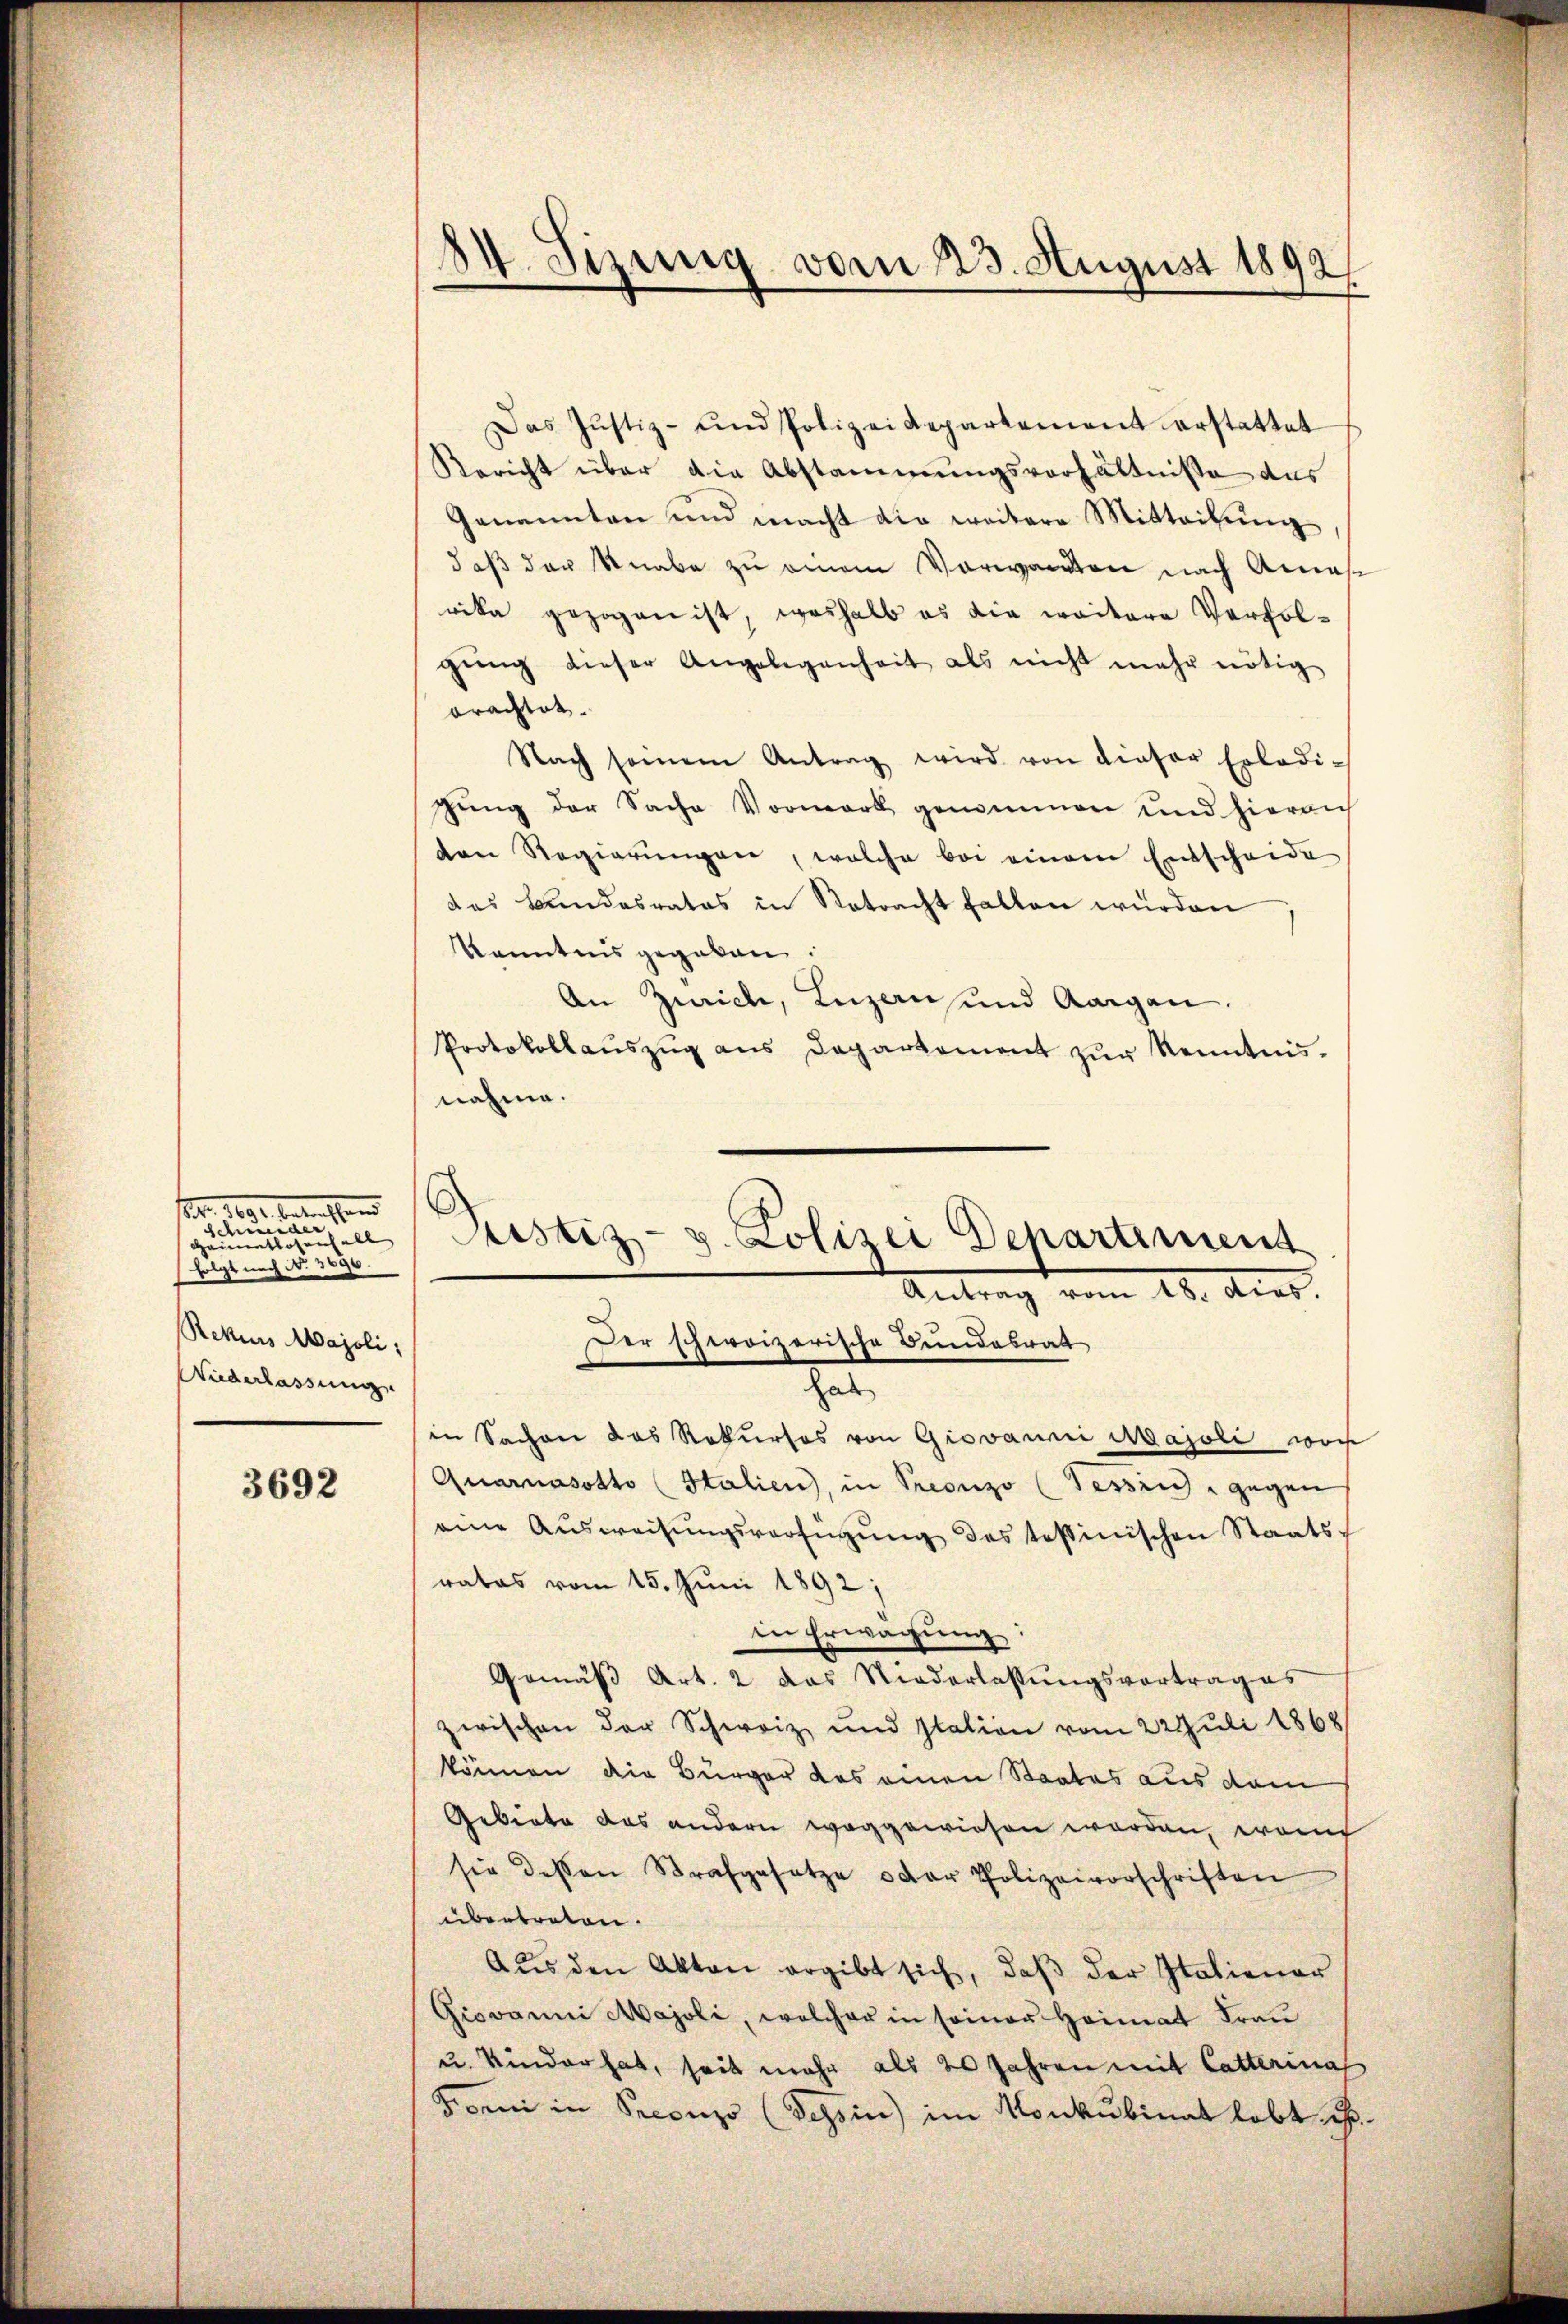
Febr. 1890 betrachten
r
Heimatlosenfall
folgt nach No. 3096.
Rekurs Majoli,
Wiederlassung

3692

84. Sizung vom 23. August 1892

Das Justiz- und Polizeidepartement erstattet
Bericht über die Abstammungsverhältnisse das
Genannten und macht die weitere Mitteilŭng
daß der Knabe zu einem Vorwanden nach Anas
vika gezogen ist, weshalb es die weitere Verfolgŭng dieser Angelegenheit als nicht mehr nötig
orachtet.
Nach seinem Antrag wird von dieser Erledi-
chung der Sache Vormerk genommen und hierauf
den Regierŭngen, welche bei einem Entscheide
des Bundesrates in Natracht fallen würden
Kenntnis gegeben:
An Zwich, Luzausund Aargau
Protokollaŭszŭg ans Departement zŭr Kenntnis.
nahme.
a
in Sachen das Rekurses von Giovanni Majoli wor
Quarnasotto (Italien, in Preonzo (Tessin - gegen
eine Aŭsweisŭngsverfügŭng des tessinischen Staatsratos vom 15. Juni 1892;
in Erwägŭng:
Gemäβ Art. 2 das Niederlassŭngsvertrages
zwischen der Schweiz und station vom 22 Juli 1868
können die Bürger das einen Staates aus dem
Gebiete das andern weggewiesen worden, wenig
sie dessen Strafgesetze oder Polizeivorschriften
übertreten.
Aus den Akten ergibt sich, daß der Italiener
Giovanni Majoli, welcher in seiner Heimat Frau
u. Kinder hat, seit mehr als 2 Jahren mit Catterina
Forni in Preonzo (Tessin) im Konkubinat lebt u.

Justiz- u. Polizei Departement
Antrag vom 10. Aug.
Der schweizerische Bundesrat